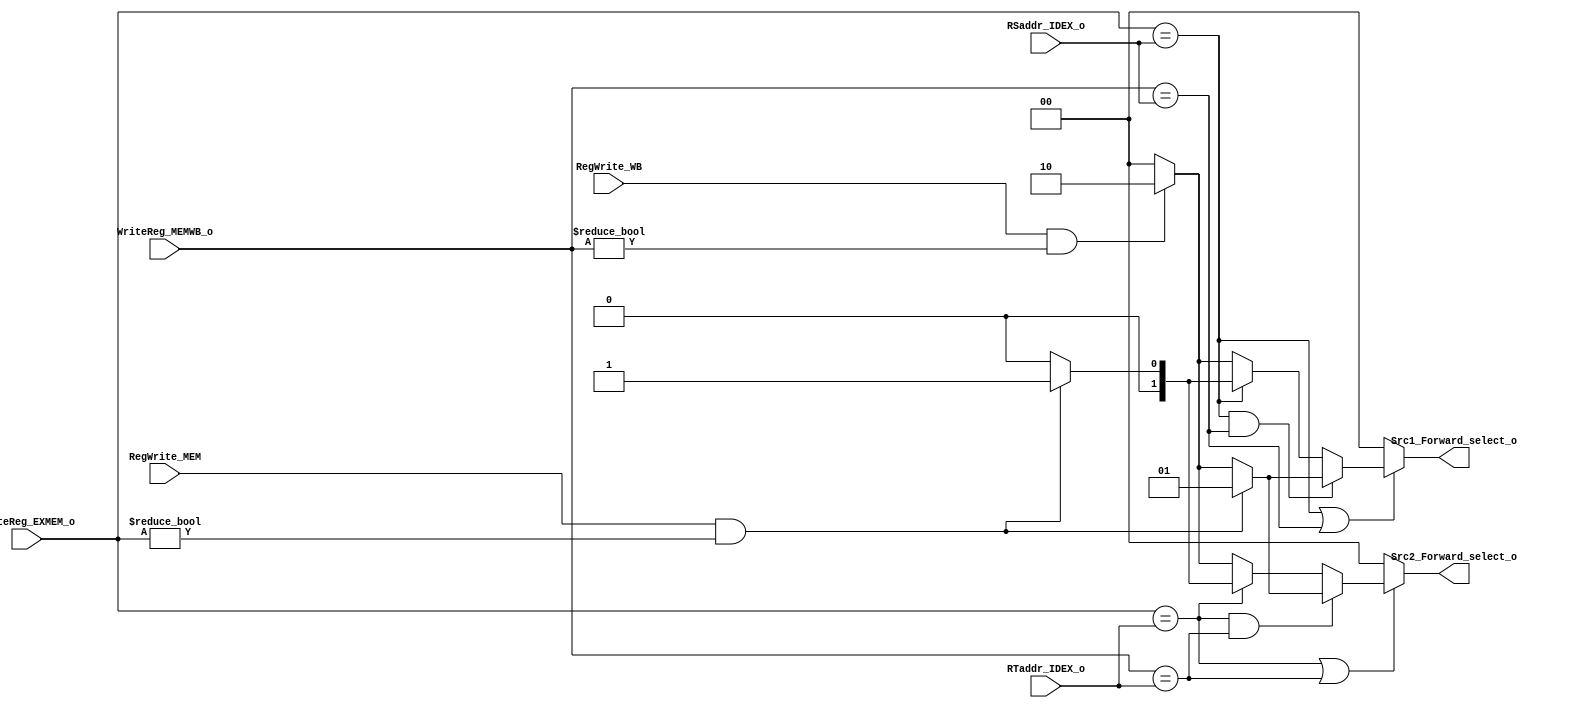
module Forwarding_Unit(
	WriteReg_EXMEM_o,
	WriteReg_MEMWB_o,
	RegWrite_MEM,
	RegWrite_WB,
	RSaddr_IDEX_o,
	RTaddr_IDEX_o,
	Src1_Forward_select_o,
	Src2_Forward_select_o
	);
input [5-1:0] WriteReg_EXMEM_o;
input [5-1:0] WriteReg_MEMWB_o;
input RegWrite_MEM;
input RegWrite_WB;
input [5-1:0] RSaddr_IDEX_o;
input [5-1:0] RTaddr_IDEX_o;

output [2-1:0] Src1_Forward_select_o;
output [2-1:0] Src2_Forward_select_o;

reg [2-1:0] Src1_Forward_select_o;
reg [2-1:0] Src2_Forward_select_o;

/*Src1_Forward_select_o and Src2_Forward_select_o signal corresponding to choose which operand source;
---------------------------------
Src1, Src2, operand source           -
    00    ,   Original               -
    01    ,   result from EX/MEM reg -
    10    ,   result from MEM/WB reg -
	11    ,   Further use            -
--------------------------------------
*/

always @ ( * ) begin
	//Case1, WriteReg_EXMEM_o has data dependency with RSaddr_IDEX_o
	/*if(WriteReg_EXMEM_o==RSaddr_IDEX_o)
		begin
			if(RegWrite_MEM && WriteReg_EXMEM_o!=5'd0)
				begin
					Src1_Forward_select_o = 2'b01;
				end
			else
				begin
					Src1_Forward_select_o = 2'b00;
				end
		end
	else if(
			(RegWrite_WB && WriteReg_MEMWB_o!=5'd0) && (WriteReg_MEMWB_o==RSaddr_IDEX_o)
			&&
			!(RegWrite_MEM && WriteReg_EXMEM_o!=5'd0 && WriteReg_EXMEM_o==RSaddr_IDEX_o)
			)
		begin
			Src1_Forward_select_o = 2'b10;
		end
	else
		begin
			Src1_Forward_select_o = 2'b00;
		end*/
	if(WriteReg_EXMEM_o==RSaddr_IDEX_o || WriteReg_MEMWB_o==RSaddr_IDEX_o)
		begin
			if(WriteReg_EXMEM_o==RSaddr_IDEX_o && WriteReg_MEMWB_o==RSaddr_IDEX_o)
				begin
					if(RegWrite_MEM && WriteReg_EXMEM_o!=5'd0)
						begin
							Src1_Forward_select_o = 2'b01;
						end
					else if(RegWrite_WB && WriteReg_MEMWB_o!=5'd0)
						begin
							Src1_Forward_select_o = 2'b10;
						end
					else
						begin
							Src1_Forward_select_o = 2'b00;
						end
				end
			else if(WriteReg_EXMEM_o==RSaddr_IDEX_o)
				begin
					if(RegWrite_MEM && WriteReg_EXMEM_o!=5'd0)
						begin
							Src1_Forward_select_o = 2'b01;
						end
					else
						begin
							Src1_Forward_select_o = 2'b00;
						end
				end
			else
				begin
					if(RegWrite_WB && WriteReg_MEMWB_o!=5'd0)
						begin
							Src1_Forward_select_o = 2'b10;
						end
					else
						begin
							Src1_Forward_select_o = 2'b00;
						end
				end
		end
	else
		begin
			Src1_Forward_select_o = 2'b00;
		end

	if(WriteReg_EXMEM_o==RTaddr_IDEX_o || WriteReg_MEMWB_o==RTaddr_IDEX_o)
		begin
			if(WriteReg_EXMEM_o==RTaddr_IDEX_o && WriteReg_MEMWB_o==RTaddr_IDEX_o)
				begin
					if(RegWrite_MEM && WriteReg_EXMEM_o!=5'd0)
						begin
							Src2_Forward_select_o = 2'b01;
						end
					else if(RegWrite_WB && WriteReg_MEMWB_o!=5'd0)
						begin
							Src2_Forward_select_o = 2'b10;
						end
					else
						begin
							Src2_Forward_select_o = 2'b00;
						end
				end
			else if(WriteReg_EXMEM_o==RTaddr_IDEX_o)
				begin
					if(RegWrite_MEM && WriteReg_EXMEM_o!=5'd0)
						begin
							Src2_Forward_select_o = 2'b01;
						end
					else
						begin
							Src2_Forward_select_o = 2'b00;
						end
				end
			else
				begin
					if(RegWrite_WB && WriteReg_MEMWB_o!=5'd0)
						begin
							Src2_Forward_select_o = 2'b10;
						end
					else
						begin
							Src2_Forward_select_o = 2'b00;
						end
				end
		end
	else
		begin
			Src2_Forward_select_o = 2'b00;
		end
	/*if(WriteReg_EXMEM_o==RTaddr_IDEX_o)
		begin
			if(RegWrite_MEM && WriteReg_EXMEM_o!=5'd0)
				begin
					Src2_Forward_select_o = 2'b01;
				end
			else
				begin
					Src2_Forward_select_o = 2'b00;
				end
		end
	else if(
			(RegWrite_WB && WriteReg_MEMWB_o!=5'd0) && (WriteReg_MEMWB_o==RTaddr_IDEX_o)
			&&
			!(RegWrite_MEM && WriteReg_EXMEM_o!=5'd0 && WriteReg_EXMEM_o==RTaddr_IDEX_o)
		)
		begin
			Src2_Forward_select_o = 2'b10;
		end
	else
		begin
			Src2_Forward_select_o = 2'b00;
		end*/

	/*if(WriteReg_EXMEM_o==RSaddr_IDEX_o)
		begin
			if(RegWrite_MEM && WriteReg_EXMEM_o!=5'd0)
				begin
					Src1_Forward_select_o = 2'b01;
				end
			else
				begin
					Src1_Forward_select_o = 2'b00;
				end
		end
	else
		begin
			Src1_Forward_select_o = 2'b00;
		end

	//Case2, WriteReg_EXMEM_o has data dependency with RTaddr_IDEX_o
	if(WriteReg_EXMEM_o==RTaddr_IDEX_o)
		begin
			if(RegWrite_MEM && WriteReg_EXMEM_o!=5'd0)
				begin
					Src2_Forward_select_o = 2'b01;
				end
			else
				begin
					Src2_Forward_select_o = 2'b00;
				end
		end
	else
		begin
			Src2_Forward_select_o = 2'b00;
		end

	//Case3, WriteReg_MEMWB_o has data dependency with RSaddr_IDEX_o
	if(
		(RegWrite_WB && WriteReg_MEMWB_o!=5'd0) && (WriteReg_MEMWB_o==RSaddr_IDEX_o)
		&&
		!(RegWrite_MEM && WriteReg_EXMEM_o!=5'd0 && WriteReg_EXMEM_o==RSaddr_IDEX_o)
	)
		Src1_Forward_select_o = 2'b10;
	else
		Src1_Forward_select_o = 2'b00;

	//Case4, WriteReg_MEMWB_o has data dependency with RTaddr_IDEX_o
	if(
		(RegWrite_WB && WriteReg_MEMWB_o!=5'd0) && (WriteReg_MEMWB_o==RTaddr_IDEX_o)
		&&
		!(RegWrite_MEM && WriteReg_EXMEM_o!=5'd0 && WriteReg_EXMEM_o==RTaddr_IDEX_o)
	)
		Src2_Forward_select_o = 2'b10;
	else
		Src2_Forward_select_o = 2'b00;*/
end
endmodule